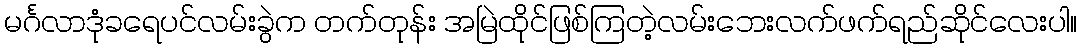
မင်္ဂလာဒုံခရေပင်လမ်းခွဲက တက်တုန်း အမြဲထိုင်ဖြစ်ကြတဲ့လမ်းဘေးလက်ဖက်ရည်ဆိုင်လေးပါ။